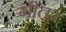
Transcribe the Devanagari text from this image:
गींतर